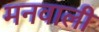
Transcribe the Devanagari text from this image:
मनवाली